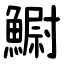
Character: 䲁